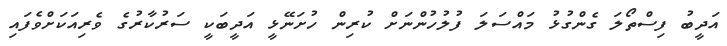
އަދީބު ފިސްތޯލަ ގެންގުޅު މައްސަލަ ފުލުހުންނަށް ކުރިން ހުށަނޭޅީ އަދީބަކީ ސަރުކާރުގެ ވެރިއަކަށްވެފައި